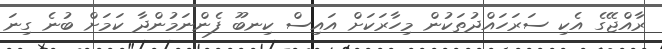
ރާއްޖޭގެ އެކި ސަރަހައްދުތަކުން މިހާރަކަށް އައިސް ކިނބޫ ފެންނަމުންދާ ކަމަށް ބުނެ ގިނަ